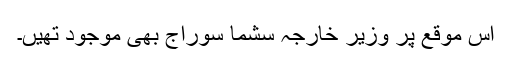
اس موقع پر وزیر خارجہ سشما سوراج بھی موجود تھیں۔